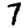
Digit: 7